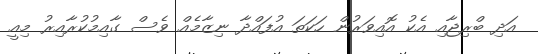
އަދި ބްރިޖާއި އެކު އޮއިވަރުން ހަކަތަ އުފައްދާ ނިޒާމެއް ވެސް ގާއިމުކުރާއިރު މިއީ